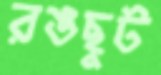
রঙছুট